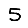
Digit: 5